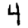
Digit: 4